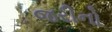
જરીનો